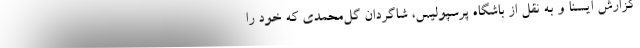
گزارش ایسنا و به نقل از باشگاه پرسپولیس، شاگردان گل‌محمدی که خود را